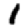
Digit: 1